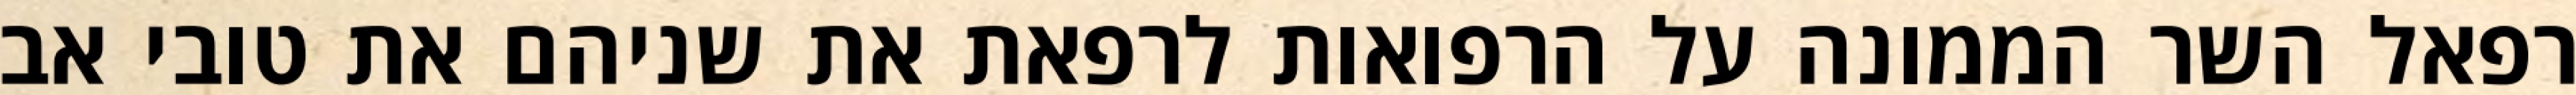
רפאל השר הממונה על הרפואות לרפאת את שניהם את טובי אב